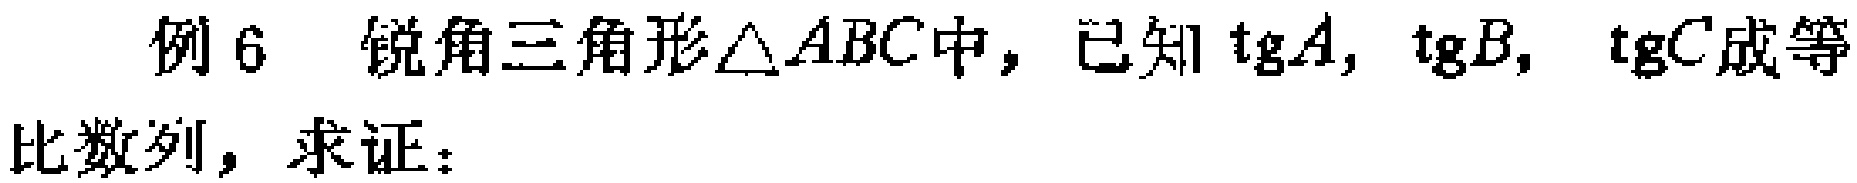
例 6 锐角三角形$\triangle ABC$中，已知$\mathrm{tg}A, \mathrm{tg}B, \mathrm{tg}C$成等比数列，求证：